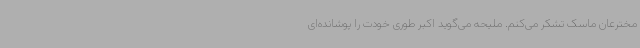
مخترعان ماسک تشکر می‌کنم. ملیحه می‌گوید اکبر طوری خودت را پوشانده‌ای